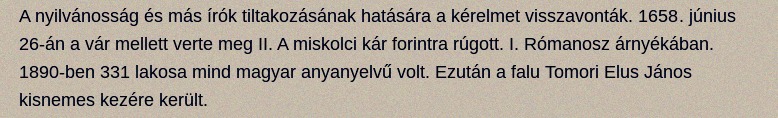
A nyilvánosság és más írók tiltakozásának hatására a kérelmet visszavonták. 1658. június 26-án a vár mellett verte meg II. A miskolci kár forintra rúgott. I. Rómanosz árnyékában. 1890-ben 331 lakosa mind magyar anyanyelvű volt. Ezután a falu Tomori Elus János kisnemes kezére került.